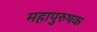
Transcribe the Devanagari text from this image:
महापुरुषक